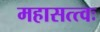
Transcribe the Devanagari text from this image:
महासत्त्वः